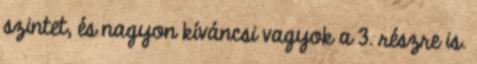
szintet, és nagyon kíváncsi vagyok a 3. részre is.